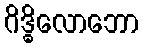
ဂိဒ္ဓိလောဘော